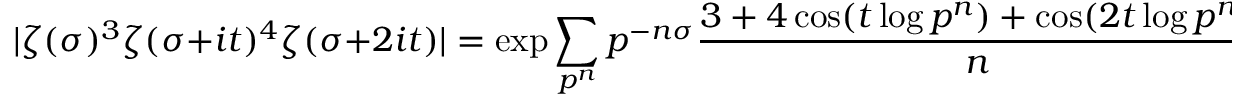
| \zeta ( \sigma ) ^ { 3 } \zeta ( \sigma + i t ) ^ { 4 } \zeta ( \sigma + 2 i t ) | = \exp \sum _ { p ^ { n } } p ^ { - n \sigma } { \frac { 3 + 4 \cos ( t \log p ^ { n } ) + \cos ( 2 t \log p ^ { n } ) } { n } }